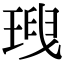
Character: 𤦥